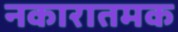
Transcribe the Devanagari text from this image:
नकारातमक